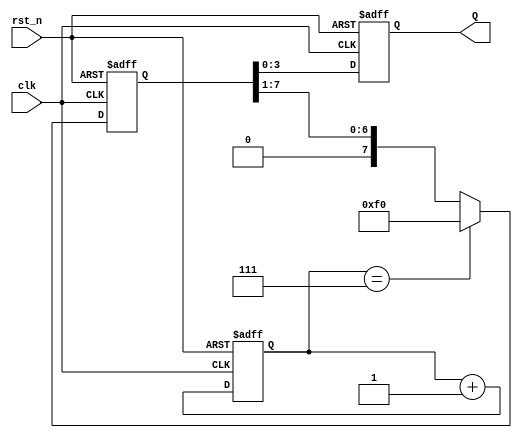
`timescale 1ns/1ns

module JC_counter(
   input                clk ,
   input                rst_n,
 
   output reg [3:0]     Q  
);

reg [2:0] cnt;

always @(posedge clk or negedge rst_n) begin
    if(!rst_n)
        cnt <= 'd0;
    else
        cnt <= cnt + 1'b1;
end

reg [7:0]   data_reg;

always @(posedge clk or negedge rst_n)   begin
    if(!rst_n)
        data_reg <= 'hf0;
    else if(cnt == 'd7)
        data_reg <= 'hf0;
    else
        data_reg <= {1'b0,data_reg[7:1]};
end

always @(posedge clk or negedge rst_n) begin
    if(!rst_n)
        Q <= 'd0;
    else
        Q <= data_reg[3:0];
end

endmodule